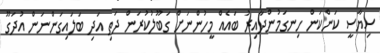
ސިޔާސީ ކަންކަން ހިނގަމުންދާއިރު ބައެއް މީހުންނަށް ގަބޫލުކުރަން ދަތި އަދި ބަލައިގަންނަން އުދަގޫ